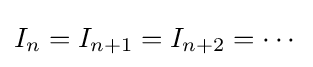
I_{n}=I_{n+1}=I_{n+2}=\cdots